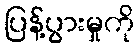
ပြန့်ပွားမှုကို